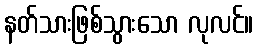
နတ်သားဖြစ်သွားသော လုလင်။